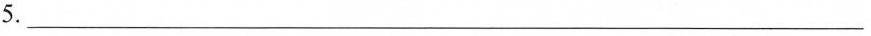
5.___